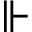
\Vdash